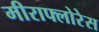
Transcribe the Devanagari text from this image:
मीराफ्लोरेस